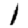
Digit: 1